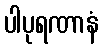
ပါပုရဏာနံ